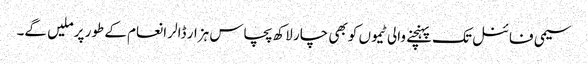
سیمی فائنل تک پہنچنے والی ٹیموں کو بھی چار لاکھ پچاس ہزار ڈالر انعام کے طور پر ملیں گے۔